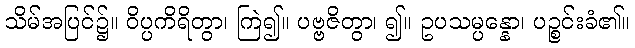
သိမ်အပြင်၌။ ဝိပ္ပကိရိတွာ၊ ကြဲ၍။ ပဗ္ဗဇိတွာ၊ ၍။ ဥပသမ္ပန္နော၊ ပဉ္စင်းခံ၏။